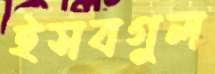
ইসবগুল